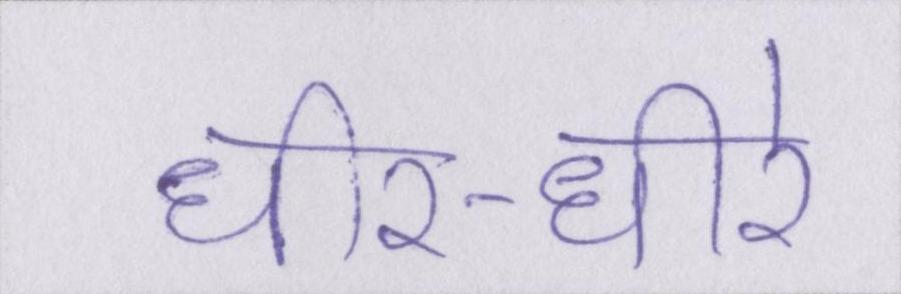
धीर-धीरे